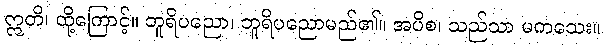
ဣတိ၊ ထို့ကြောင့်။ ဘူရိပညော၊ ဘူရိပညောမည်၏။ အပိစ၊ သည်သာ မကသေး။